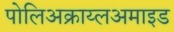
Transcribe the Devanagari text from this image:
पोलिअक्राय्लअमाइड